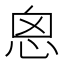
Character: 恖